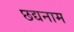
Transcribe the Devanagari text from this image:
छद्यनाम